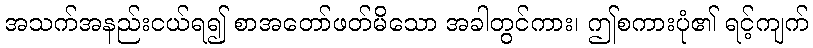
အသက်အနည်းငယ်ရ၍ စာအတော်ဖတ်မိသော အခါတွင်ကား၊ ဤစကားပုံ၏ ရင့်ကျက်